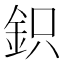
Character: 鉙